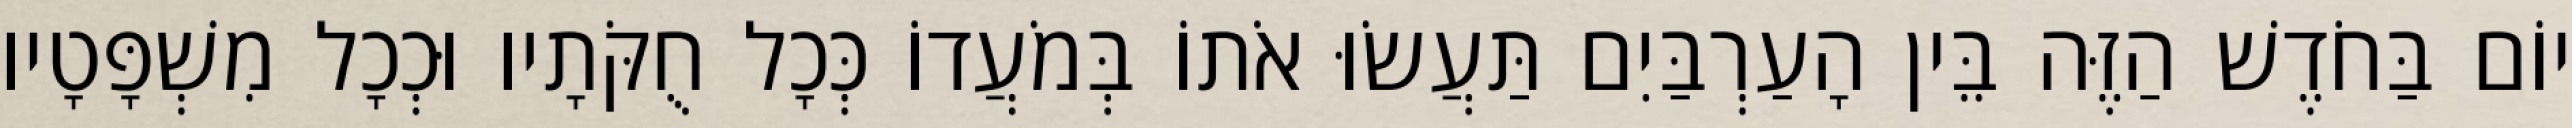
יוֹם בַּחֹדֶשׁ הַזֶּה בֵּין הָעַרְבַּיִם תַּעֲשׂוּ אֹתוֹ בְּמֹעֲדוֹ כְּכָל חֻקֹּתָיו וּכְכָל מִשְׁפָּטָיו